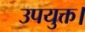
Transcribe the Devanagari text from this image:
उपयुक्त।